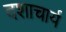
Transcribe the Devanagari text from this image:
दशाचार्य